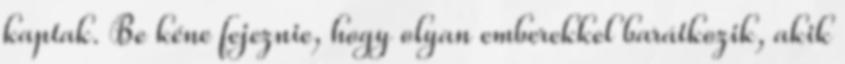
kaptak. Be kéne fejeznie, hogy olyan emberekkel barátkozik, akik